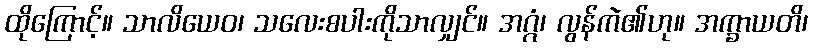
ထိုကြောင့်။ သာလိယေဝ၊ သလေးစပါးကိုသာလျှင်။ အဂ္ဂံ၊ လွန်ကဲ၏ဟု။ အက္ခာယတိ၊